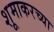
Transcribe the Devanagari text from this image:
शूमाकरच्या